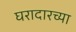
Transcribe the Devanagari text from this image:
घरादारच्या